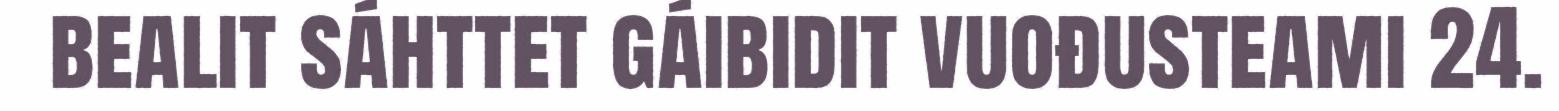
bealit sáhttet gáibidit vuođusteami 24.